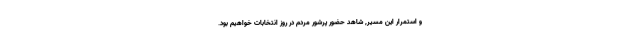
و استمرار این مسیر, شاهد حضور پرشور مردم در روز انتخابات خواهیم بود.